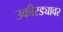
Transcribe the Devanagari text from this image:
उकीरड्यावर